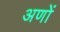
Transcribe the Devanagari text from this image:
अणों